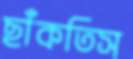
ছাঁকতিস